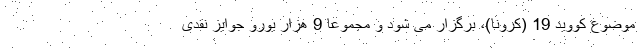
موضوع کووید 19 (کرونا)، برگزار می شود و مجموعا 9 هزار یورو جوایز نقدی